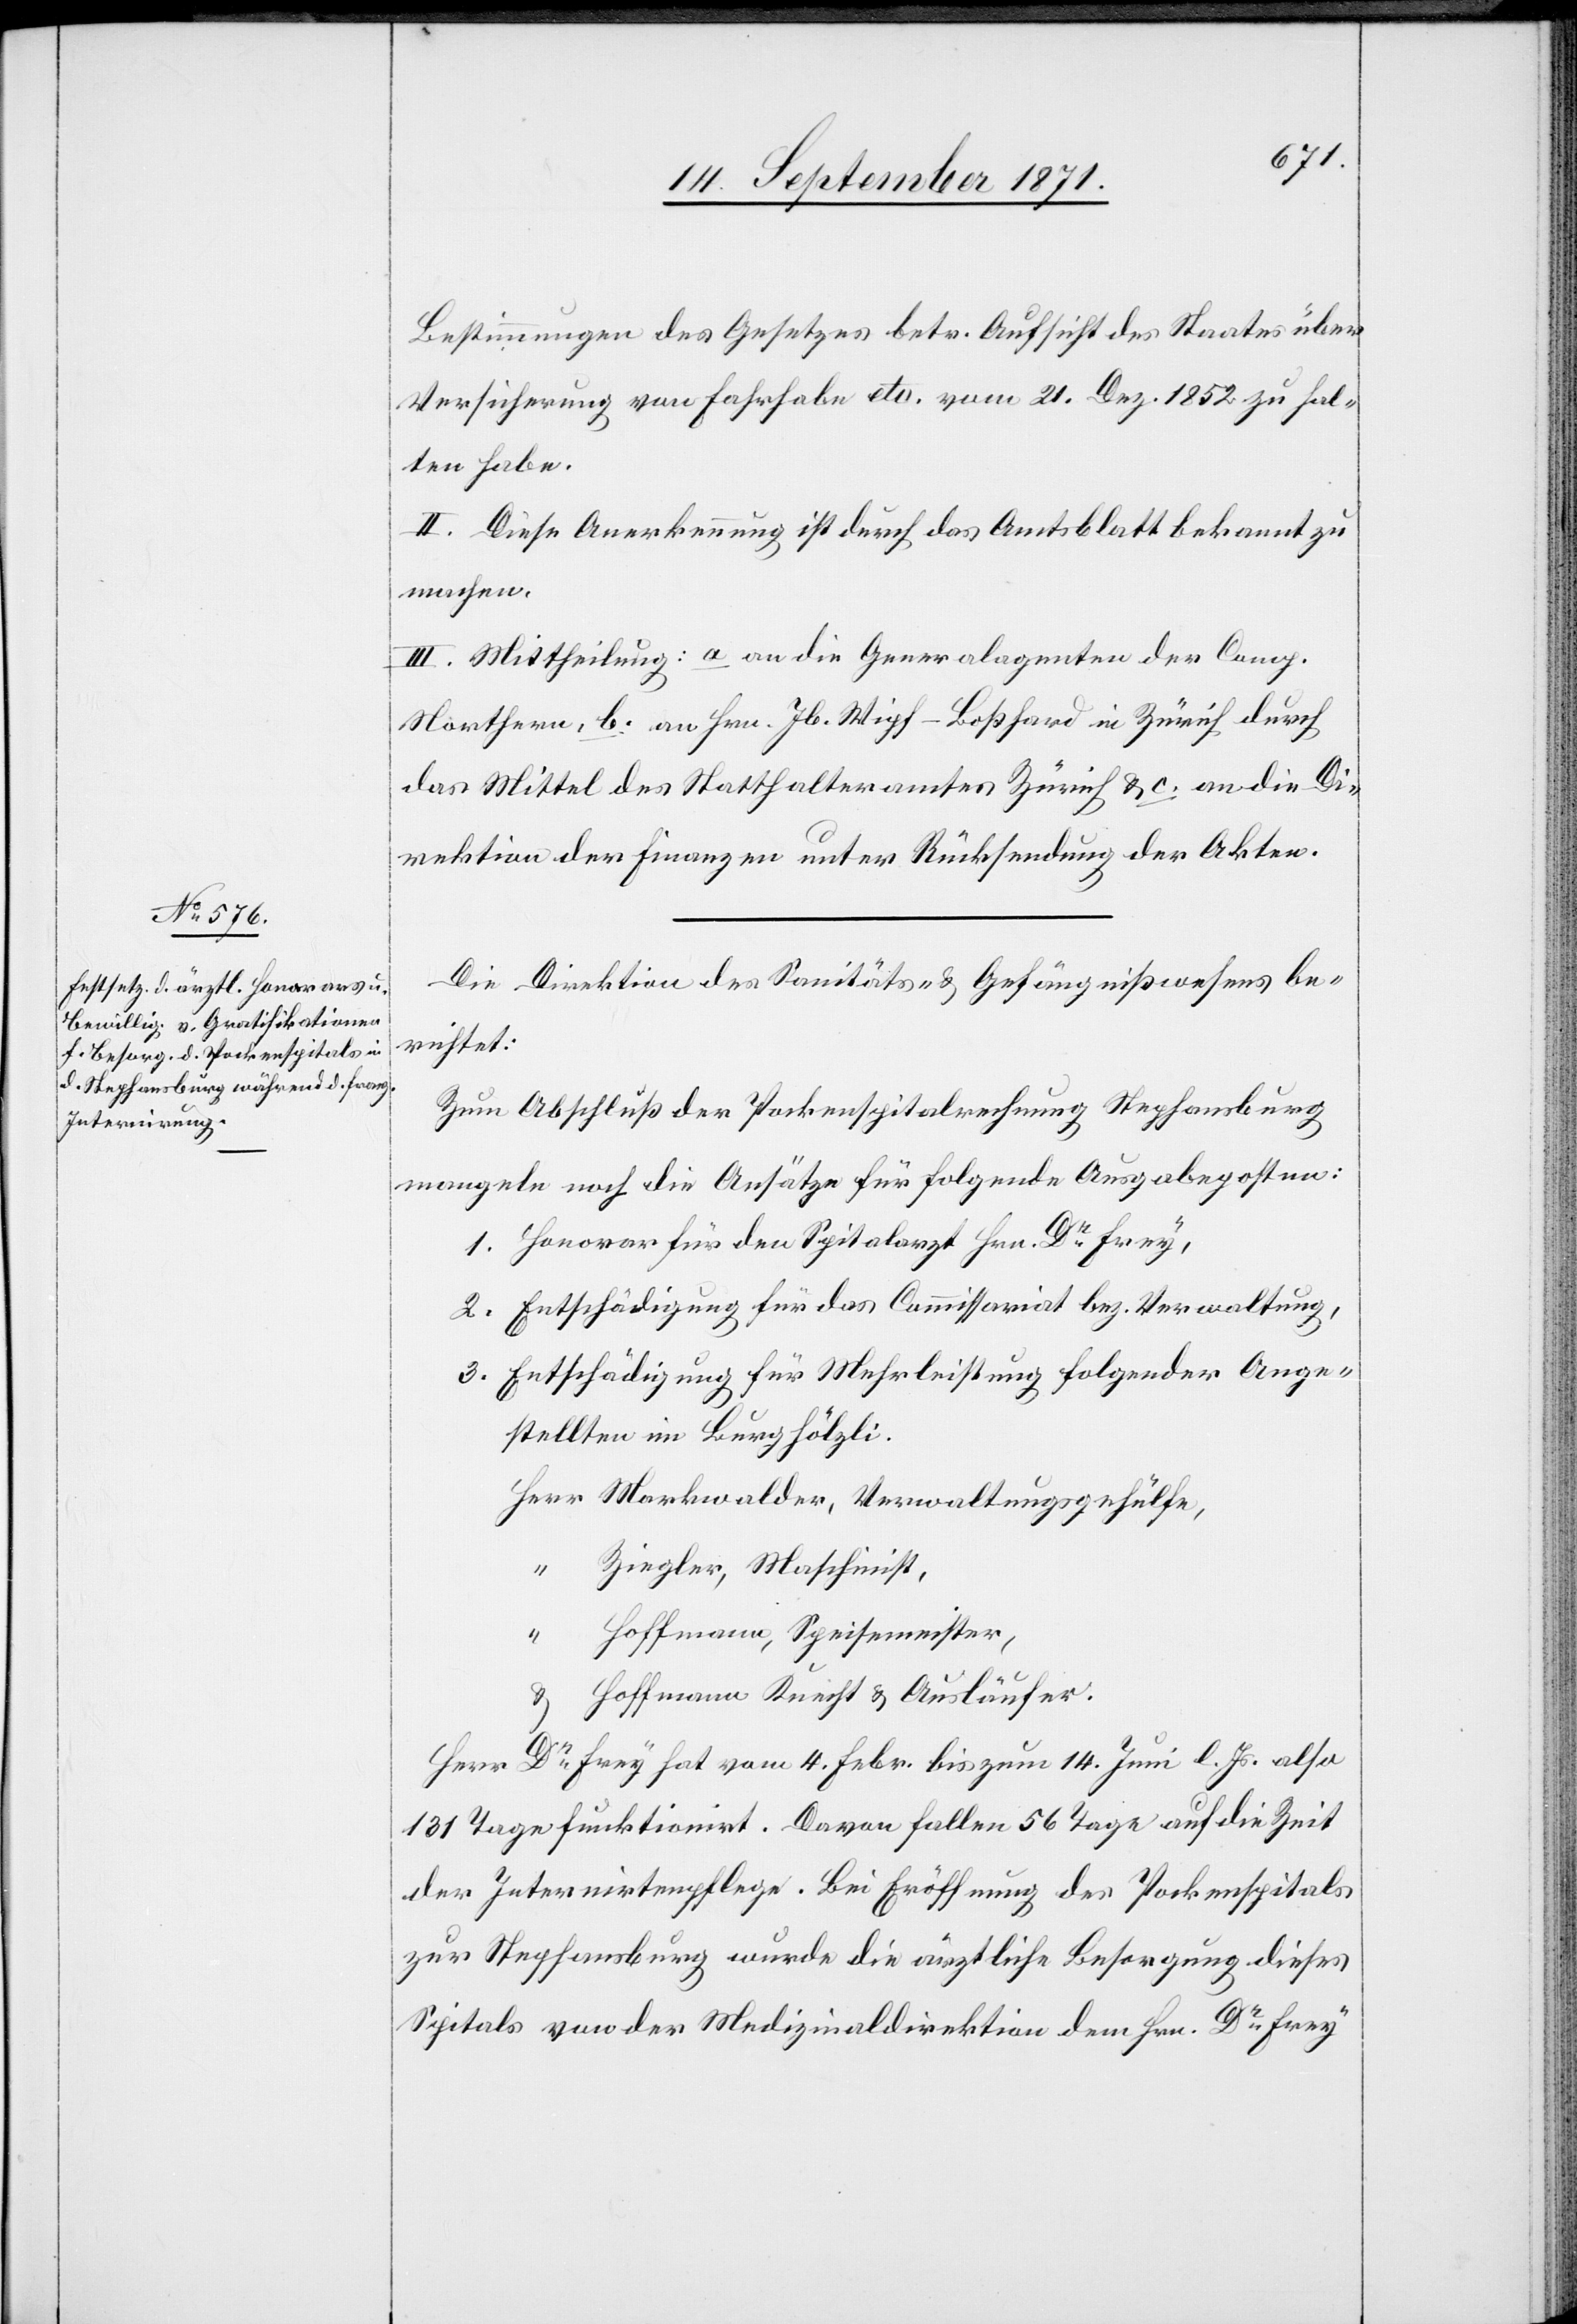
Bestimmungen des Gesetzes betr. Aufsicht des Staates über
Versicherung von Fahrhabe etc. vom 21. Dez. 1852 zu hal¬
ten habe.
II. Diese Anerkennung ist durch das Amtsblatt bekannt zu
machen.
III. Mittheilung: a. an die Generalagenten der Comp.
Northern, b. an Hrn. Jb Wipf-Boßhardt in Zürich durch
das Mittel des Statthalteramtes Zürich & c. an die Di¬
rektion der Finanzen unter Rücksendung der Akten.
Die Direktion des Sanitäts- & Gefängnißwesens be¬
richtet:
Zum Abschluß der Pockenspitalrechnung Stephansburg
mangeln noch die Ansätze für folgende Ausgabenposten:
1. Honorar für den Spitalarzt Hrn. Dr Frey,
2. Entschädigung für das Commissariat bez. Verwaltung,
3. Entschädigung für Mehrleistung folgender Ange¬
stellter im Burghölzli.
&
Herr Dr Frey hat vom 4. Febr. bis zum 14. Juni l. Js. also
131 Tage funktionirt. Davon fallen 56 Tage auf die Zeit
der Internirtenpflege. Bei Eröffnung des Pockenspitals
zur Stephansburg wurde die ärztliche Besorgung dieses
Spitals von der Medizinaldirektion dem Hrn. Dr Frey